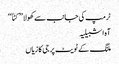
ٹرمپ کی جانب سے کھولا ’’ کٹاّ‘‘
آہ اشبیلیہ
ملنگ کے ٹویٹ پر جی کا زیاں